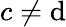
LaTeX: c\neq\mathrm{d}